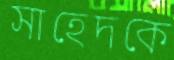
সাহেদকে